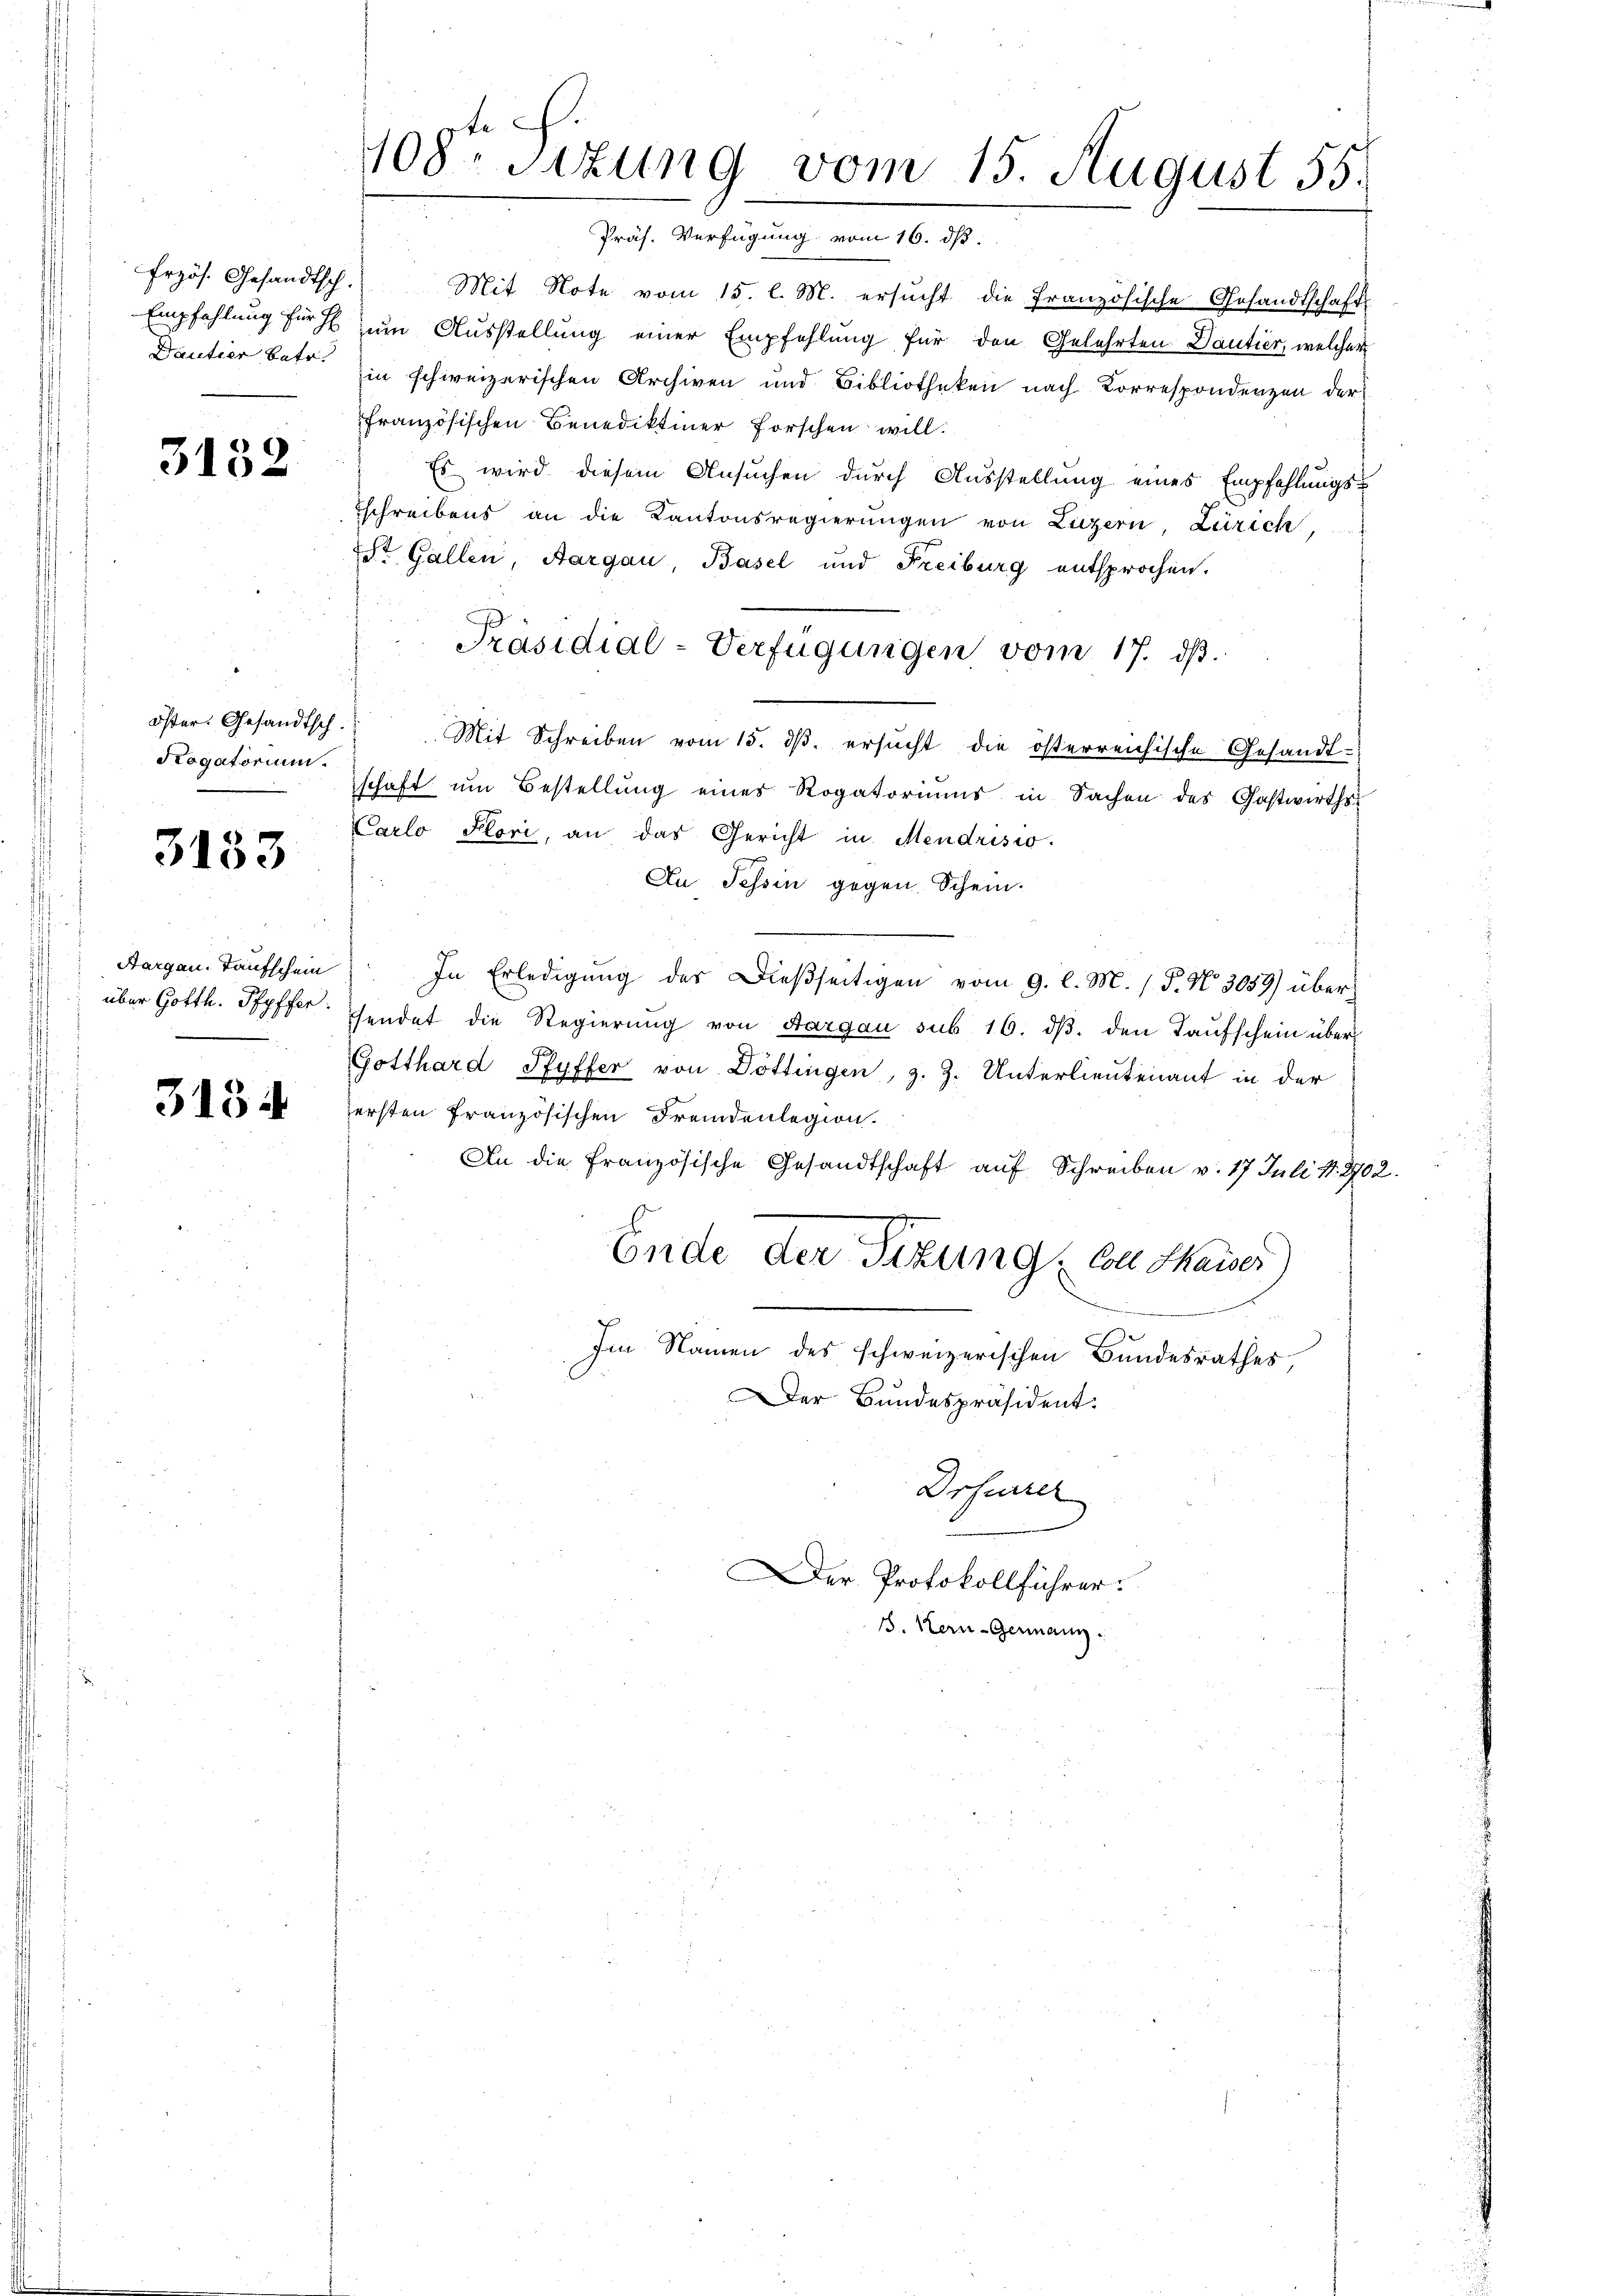
Erzös. Gesandtsch.
Dantier betr.

3152

öster. Gesandtsch.
Rogatorium

3133

Aargau, Taufschein
über Gotth. Pfyffer.

3134

e
108. Sitzung vom 15. August 55.
Präs. Verfügung vom 16. ds.

Mit Note vom 15. l. M. ersucht die Französische Gesandtschaft
Empfehlung für zum Ausstellung einer Empfehlung für den Gelehrten Dantier, welcher
in schweizerischen Archiven und Bibliotheken nach Korrespondenzen der
französischen Benediktiner Forschen will.
Es wird diesem Ansuchen durch Ausstellung eines Empfehlungsschreibens an die Kantonsregierŭngen von Luzern, Zürich,
St. Gallen, Aargau, Basel und Freiburg entsprochen.
Präsidial-Verfügungen vom 17. ds.
Mit Schreiben vom 15. ds. ersucht die österreichische Gesandt-
schaft um Bestellung eines Rogatoriums in Sachen des Gastwirths¬
Carlo Flori, an das Gericht in Mendrisio.
Au Tessin gegen Schein-
In Erledigung des Dießseitigen vom 9. l. M. / P. Nr. 3059) überfendet die Regierung von Aargau sub 16. dβ. den Taufschein über¬
Gotthard Pfyffer von Döttingen, z. Z. Unterlieutenant in der
ersten französischen Fremdenlegion.
An die Französische Gesandtschaft auf Schreiben v. 17 Juli d. 202.
Ende der Sitzung von Maiser)
Im Namen des schweizerischen Bundesrathes,
Der Bundespräsident:
Drfurrer
Der Protokollführer.
B. Kern-Germann.